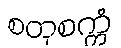
စတုစက္ကံ